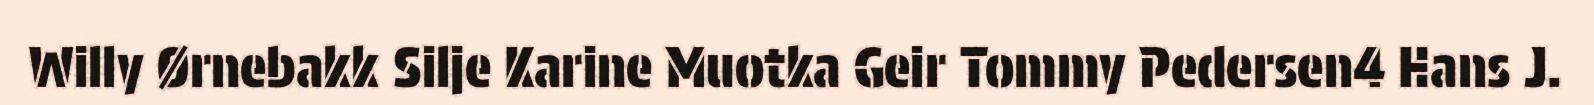
Willy Ørnebakk Silje Karine Muotka Geir Tommy Pedersen4 Hans J.